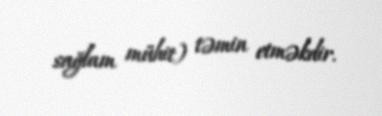
sağlam mühit) təmin etməkdir.